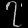
Digit: ၇